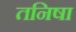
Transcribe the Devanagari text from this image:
तनिषा